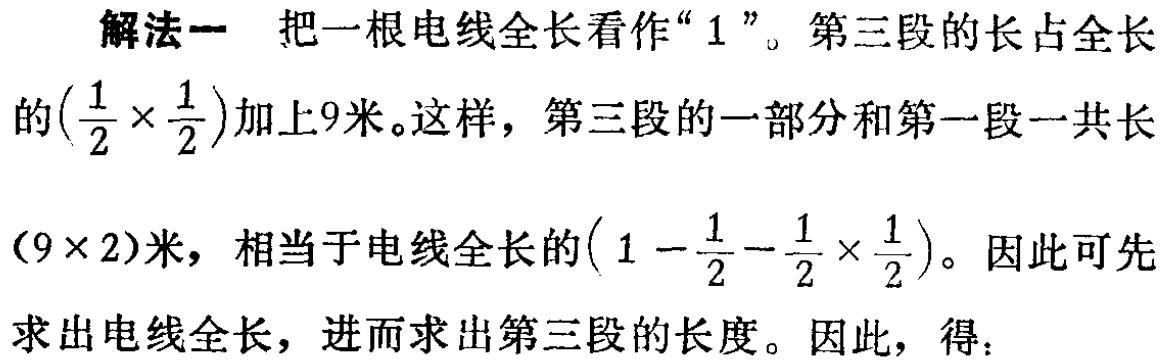
解法一 把一根电线全长看作“$1$”。第三段的长占全长

的$(\frac{1}{2} \times \frac{1}{2})$加上$9$米。这样，第三段的一部分和第一段一共长

$(9 \times 2)$米，相当于电线全长的$(1 - \frac{1}{2} - \frac{1}{2} \times \frac{1}{2})$。因此可先

求出电线全长，进而求出第三段的长度。因此，得：